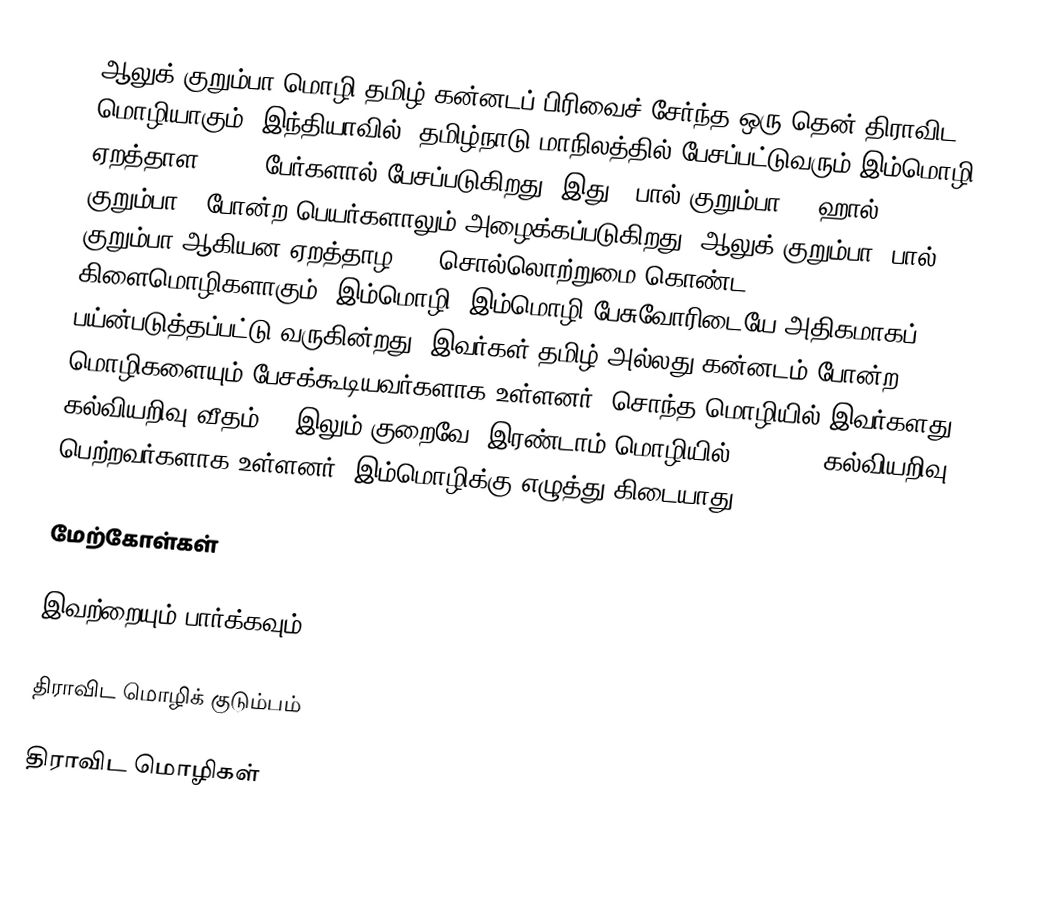
ஆலுக் குறும்பா மொழி தமிழ்-கன்னடப் பிரிவைச் சேர்ந்த ஒரு தென் திராவிட மொழியாகும். இந்தியாவில், தமிழ்நாடு மாநிலத்தில் பேசப்பட்டுவரும் இம்மொழி ஏறத்தாள 2,500 பேர்களால் பேசப்படுகிறது. இது, "பால் குறும்பா", "ஹால் குறும்பா", போன்ற பெயர்களாலும் அழைக்கப்படுகிறது. ஆலுக் குறும்பா, பால் குறும்பா ஆகியன ஏறத்தாழ 80% சொல்லொற்றுமை கொண்ட கிளைமொழிகளாகும். இம்மொழி, இம்மொழி பேசுவோரிடையே அதிகமாகப் பய்ன்படுத்தப்பட்டு வருகின்றது. இவர்கள் தமிழ் அல்லது கன்னடம் போன்ற மொழிகளையும் பேசக்கூடியவர்களாக உள்ளனர். சொந்த மொழியில் இவர்களது கல்வியறிவு வீதம் 1% இலும் குறைவே. இரண்டாம் மொழியில் 15 - 25% கல்வியறிவு பெற்றவர்களாக உள்ளனர். இம்மொழிக்கு எழுத்து கிடையாது.

மேற்கோள்கள்

இவற்றையும் பார்க்கவும்

 திராவிட மொழிக் குடும்பம்

திராவிட மொழிகள்